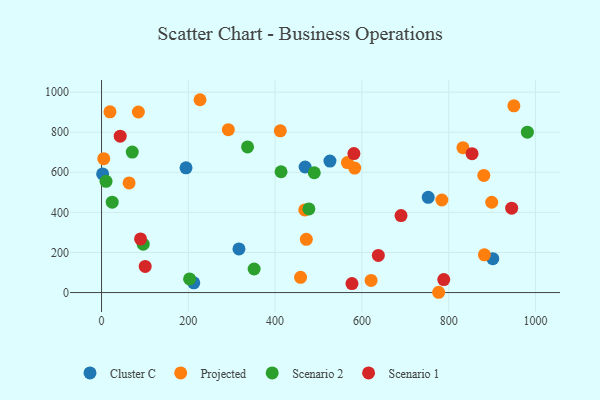
{"axis": {"x": "Study Hours", "y": "Sales"}, "legend": ["Cluster C", "Projected", "Scenario 1", "Scenario 2"], "data": [{"x": "2.5", "y": 591.8, "type": "Cluster C"}, {"x": "194.7", "y": 622.1, "type": "Cluster C"}, {"x": "212.6", "y": 48.3, "type": "Cluster C"}, {"x": "316.7", "y": 217.8, "type": "Cluster C"}, {"x": "526.4", "y": 655.7, "type": "Cluster C"}, {"x": "469.2", "y": 626.3, "type": "Cluster C"}, {"x": "901.7", "y": 168.9, "type": "Cluster C"}, {"x": "752.9", "y": 475.2, "type": "Cluster C"}, {"x": "63.5", "y": 547.1, "type": "Projected"}, {"x": "950.3", "y": 931.6, "type": "Projected"}, {"x": "832.9", "y": 722.7, "type": "Projected"}, {"x": "84.9", "y": 900.7, "type": "Projected"}, {"x": "784.3", "y": 461.8, "type": "Projected"}, {"x": "899.2", "y": 450.6, "type": "Projected"}, {"x": "5.1", "y": 668.1, "type": "Projected"}, {"x": "472.0", "y": 265.6, "type": "Projected"}, {"x": "227.0", "y": 962.0, "type": "Projected"}, {"x": "19.4", "y": 901.5, "type": "Projected"}, {"x": "881.0", "y": 584.2, "type": "Projected"}, {"x": "458.7", "y": 76.2, "type": "Projected"}, {"x": "566.6", "y": 648.6, "type": "Projected"}, {"x": "882.3", "y": 188.4, "type": "Projected"}, {"x": "292.2", "y": 812.5, "type": "Projected"}, {"x": "583.4", "y": 620.9, "type": "Projected"}, {"x": "412.0", "y": 806.7, "type": "Projected"}, {"x": "468.4", "y": 412.2, "type": "Projected"}, {"x": "621.2", "y": 60.7, "type": "Projected"}, {"x": "776.9", "y": 1.4, "type": "Projected"}, {"x": "477.9", "y": 417.2, "type": "Scenario 2"}, {"x": "413.7", "y": 602.7, "type": "Scenario 2"}, {"x": "10.4", "y": 555.0, "type": "Scenario 2"}, {"x": "336.5", "y": 726.3, "type": "Scenario 2"}, {"x": "981.4", "y": 800.2, "type": "Scenario 2"}, {"x": "351.7", "y": 117.5, "type": "Scenario 2"}, {"x": "202.9", "y": 68.0, "type": "Scenario 2"}, {"x": "70.8", "y": 700.8, "type": "Scenario 2"}, {"x": "96.0", "y": 241.2, "type": "Scenario 2"}, {"x": "24.6", "y": 450.7, "type": "Scenario 2"}, {"x": "490.3", "y": 597.8, "type": "Scenario 2"}, {"x": "788.7", "y": 64.7, "type": "Scenario 1"}, {"x": "581.6", "y": 693.2, "type": "Scenario 1"}, {"x": "945.2", "y": 420.9, "type": "Scenario 1"}, {"x": "690.2", "y": 384.0, "type": "Scenario 1"}, {"x": "89.9", "y": 267.5, "type": "Scenario 1"}, {"x": "43.0", "y": 780.4, "type": "Scenario 1"}, {"x": "637.9", "y": 185.2, "type": "Scenario 1"}, {"x": "853.9", "y": 692.9, "type": "Scenario 1"}, {"x": "577.1", "y": 44.7, "type": "Scenario 1"}, {"x": "100.6", "y": 130.2, "type": "Scenario 1"}]}